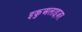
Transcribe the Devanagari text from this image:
इकुअलाइज़र